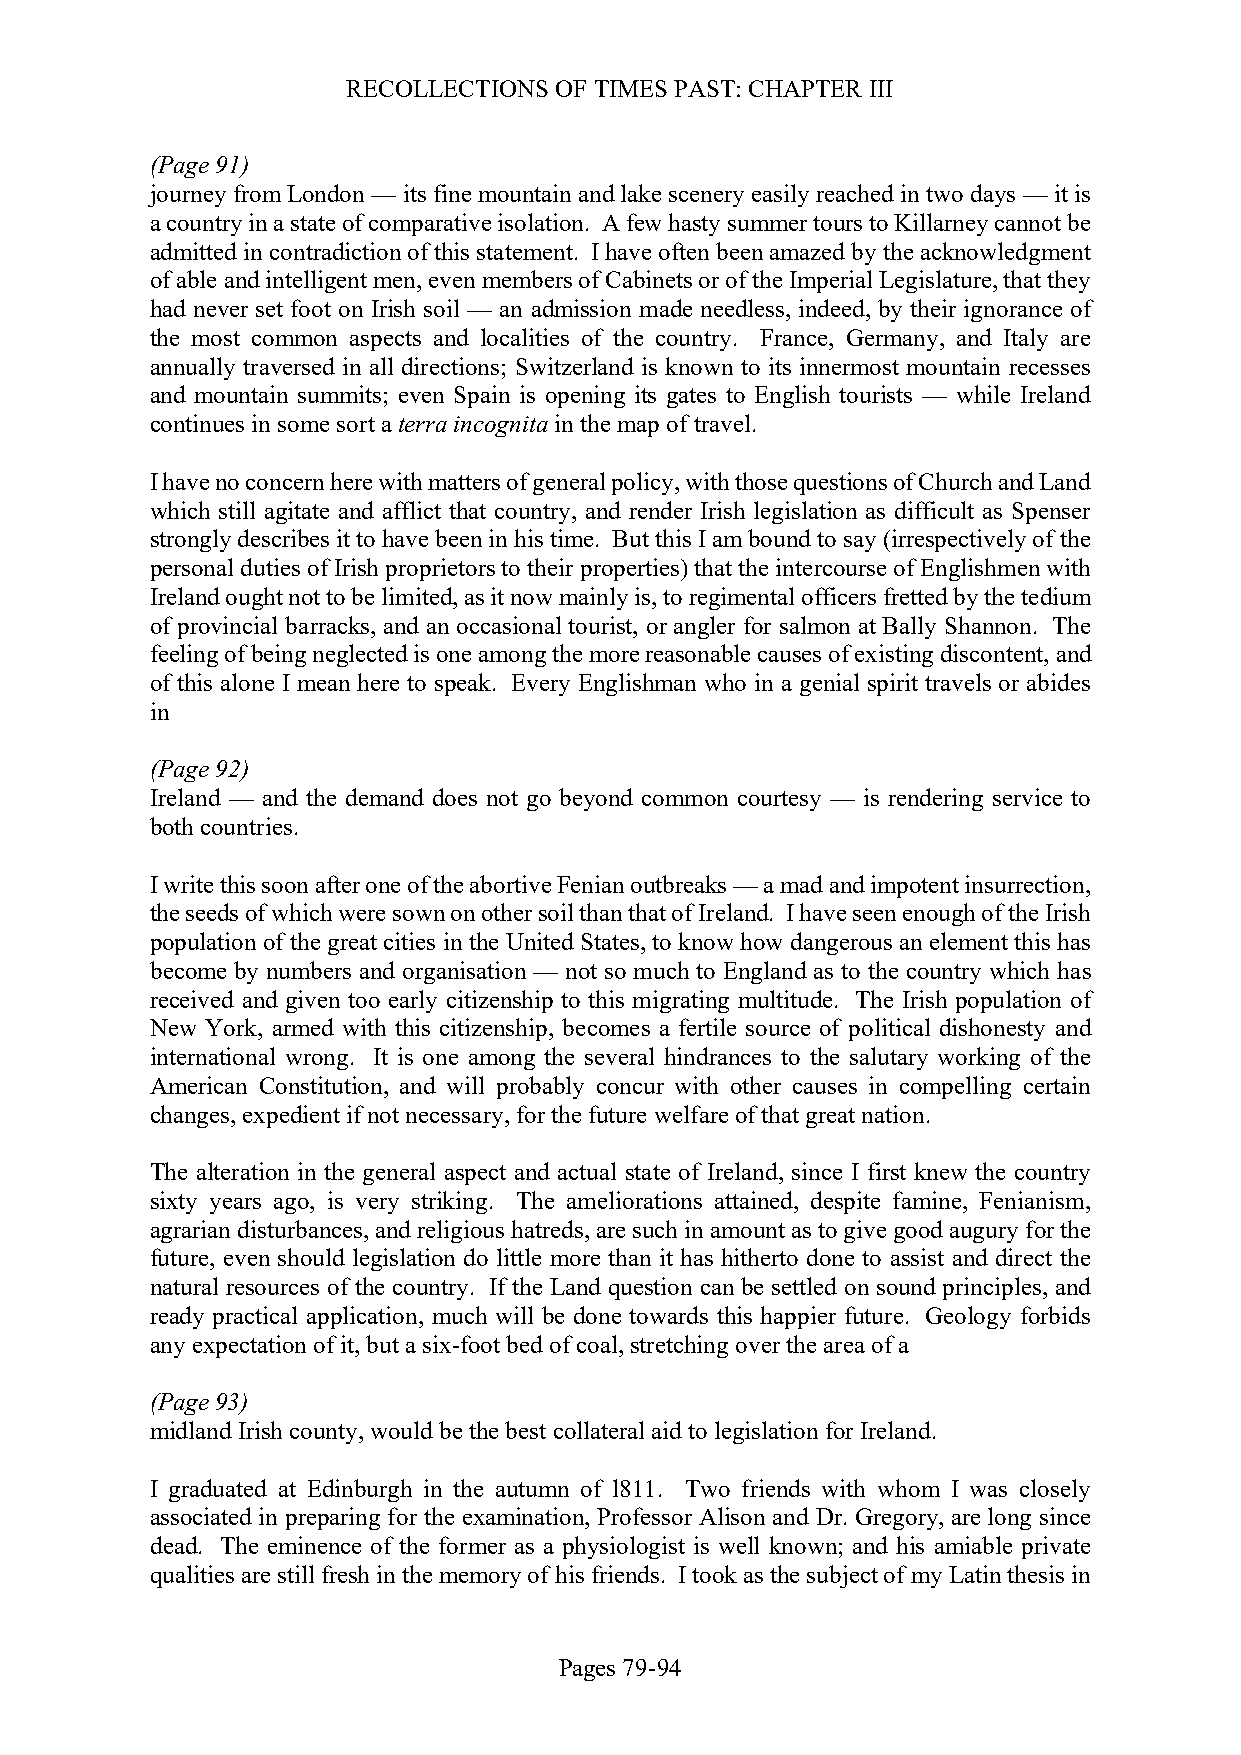
RECOLLECTIONS OF TIMES PAST: CHAPTER III
 (Page 91)
 journey from London — its fine mountain and lake scenery easily reached in two days — it is
 a country in a state of comparative isolation. A few hasty summer tours to Killarney cannot be
 admitted in contradiction of this statement. I have often been amazed by the acknowledgment
 of able and intelligent men, even members of Cabinets or of the Imperial Legislature, that they
 had never set foot on Irish soil — an admission made needless, indeed, by their ignorance of
 the most common aspects and localities of the country. France, Germany, and Italy are
 annually traversed in all directions; Switzerland is known to its innermost mountain recesses
 and mountain summits; even Spain is opening its gates to English tourists — while Ireland
 continues in some sort a terra incognita in the map of travel.
 I have no concern here with matters of general policy, with those questions of Church and Land
 which still agitate and afflict that country, and render Irish legislation as difficult as Spenser
 strongly describes it to have been in his time. But this I am bound to say (irrespectively of the
 personal duties of Irish proprietors to their properties) that the intercourse of Englishmen with
 Ireland ought not to be limited, as it now mainly is, to regimental officers fretted by the tedium
 of provincial barracks, and an occasional tourist, or angler for salmon at Bally Shannon. The
 feeling of being neglected is one among the more reasonable causes of existing discontent, and
 of this alone I mean here to speak. Every Englishman who in a genial spirit travels or abides
 in
 (Page 92)
 Ireland — and the demand does not go beyond common courtesy — is rendering service to
 both countries.
 I write this soon after one of the abortive Fenian outbreaks — a mad and impotent insurrection,
 the seeds of which were sown on other soil than that of Ireland. I have seen enough of the Irish
 population of the great cities in the United States, to know how dangerous an element this has
 become by numbers and organisation — not so much to England as to the country which has
 received and given too early citizenship to this migrating multitude. The Irish population of
 New York, armed with this citizenship, becomes a fertile source of political dishonesty and
 international wrong. It is one among the several hindrances to the salutary working of the
 American Constitution, and will probably concur with other causes in compelling certain
 changes, expedient if not necessary, for the future welfare of that great nation.
 The alteration in the general aspect and actual state of Ireland, since I first knew the country
 sixty years ago, is very striking. The ameliorations attained, despite famine, Fenianism,
 agrarian disturbances, and religious hatreds, are such in amount as to give good augury for the
 future, even should legislation do little more than it has hitherto done to assist and direct the
 natural resources of the country. If the Land question can be settled on sound principles, and
 ready practical application, much will be done towards this happier future. Geology forbids
 any expectation of it, but a six-foot bed of coal, stretching over the area of a
 (Page 93)
 midland Irish county, would be the best collateral aid to legislation for Ireland.
 I graduated at Edinburgh in the autumn of l811. Two friends with whom I was closely
 associated in preparing for the examination, Professor Alison and Dr. Gregory, are long since
 dead. The eminence of the former as a physiologist is well known; and his amiable private
 qualities are still fresh in the memory of his friends. I took as the subject of my Latin thesis in
 Pages 79-94